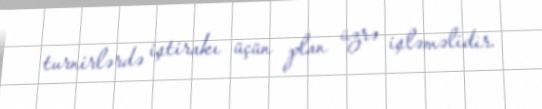
turnirlərdə iştirakı üçün plan üzrə işləməlidir.